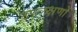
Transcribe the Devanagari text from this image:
उपलक्षणों